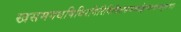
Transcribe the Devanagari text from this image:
खसमगधषिबिरगिरिमिथिलसमतटोड्राष्ववदनदन्तुरकाः।